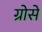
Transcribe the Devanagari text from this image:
ग्रोसे